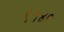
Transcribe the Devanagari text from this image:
९१४०